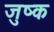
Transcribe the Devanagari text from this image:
जुष्क